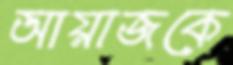
আয়াজকে